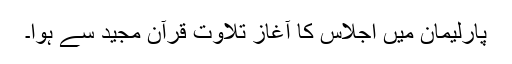
پارلیمان میں اجلاس کا آغاز تلاوت قرآن مجید سے ہوا۔